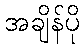
အချိန်ပို